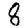
Digit: 8